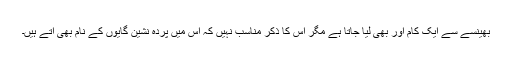
بھینسے سے ایک کام اور بھی لیا جاتا ہے مگر اس کا ذکر مناسب نہیں کہ اس میں پردہ نشین گایوں کے نام بھی آتے ہیں۔